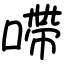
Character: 㗣